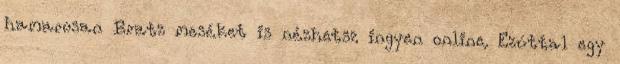
hamarosan Bratz meséket is nézhetsz ingyen online. Ezúttal egy